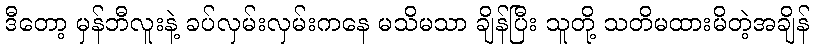
ဒီတော့ မှန်ဘီလူးနဲ့ ခပ်လှမ်းလှမ်းကနေ မသိမသာ ချိန်ပြီး သူတို့ သတိမထားမိတဲ့အချိန်